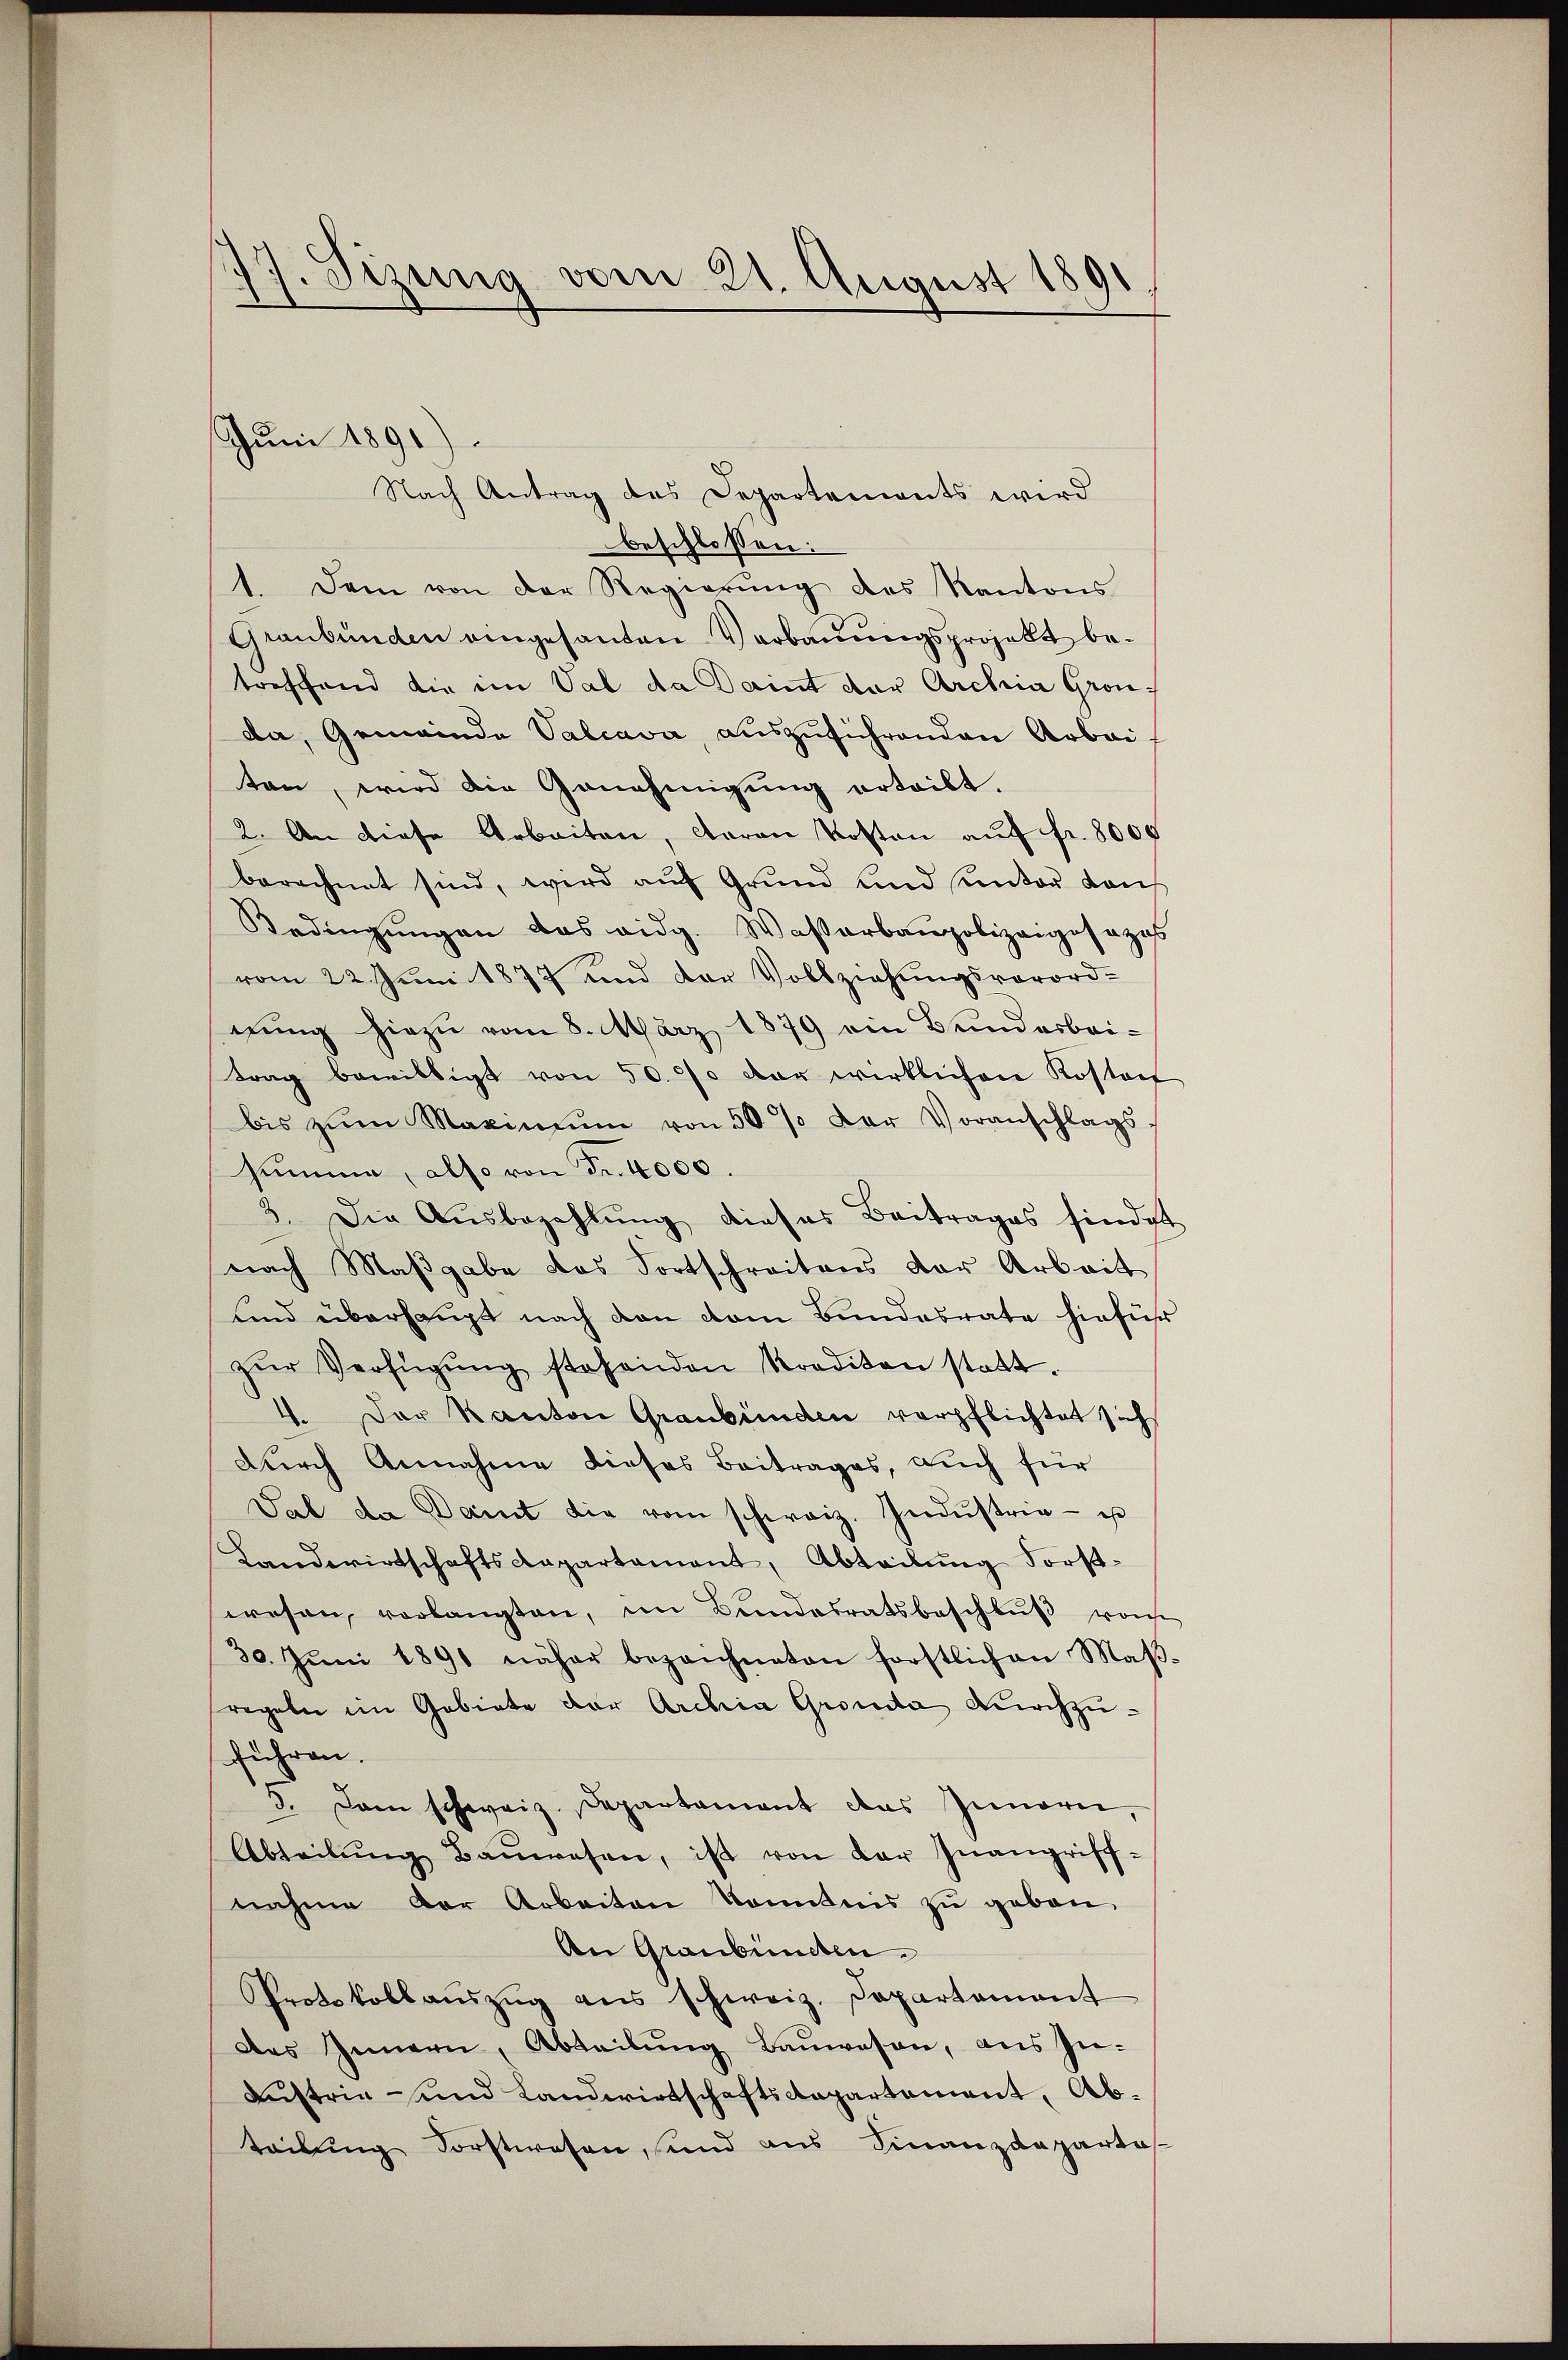
1. Sizung vom 21. August 1891.

Juni 1891).

Nach Antrag des Departements wird
beschlossen:
1. Dem von der Regierŭng des Kantons
Graubünden eingesanten Verbauungsprojekt betreffend die im Val da Daint der Archia Gronda, Gemeinde Valcava, auszuführenden Arbei
ten, wird die Genehmigung erteilt.
2. An diese Arbeiten, daran Kosten auf fr. 8000
berechnet sind, wird aŭf Grŭnd und unter dan
Bedingŭngen das eidg. Wasserbaupolizeigesezes
vom 22. Juni 1877 und der Vollziehungsverord-
nung hiezu vom 8. März 1879 ein Bundesbeitrag bewilligt von 50. 70 der wirklichen Kostaf
bis zŭm Maximŭm von 50 % der Voranschlags
summe, also von Fr. 4000.
3. Die Aŭsbezahlŭng dieses Beitrages findet
nach Maßgabe das Fortschreitens der Arbeit
sind überhaupt nach den vom Bundesrate hieführ
zŭr Verfügŭng stehenden Krediton statt.
4. Der Kanton Graubünden verpflichtet sich
Dŭrch Annahme dieses Beitrages, auch für
Sal da Damit die vom schweiz. Indŭstria- u
Landwirtschaftsdepartament, Abteilung Forst-
wesen, verlangten, im Bŭndesratsbeschlŭβ vonse
30. Jŭni 1891 näher bezeichneten forstlich an Maβ-
regeln im Gebiete der Archia Gronda durchzuführen.
5. Dann schweiz. Departament das Innern,
Abteilŭng Baŭwesen, ist von der Inangriff-
nahme der Arbeiten konntnis zu geben.
An Graubünden.
Protokollaŭszŭg ans schweiz. Departement
Das Innern, Abteilŭng Baŭwesen, aus In-
Austrie und Landwirtschaftsdepartement, Abteilung Forstwesen, und aus Finanzdepartas